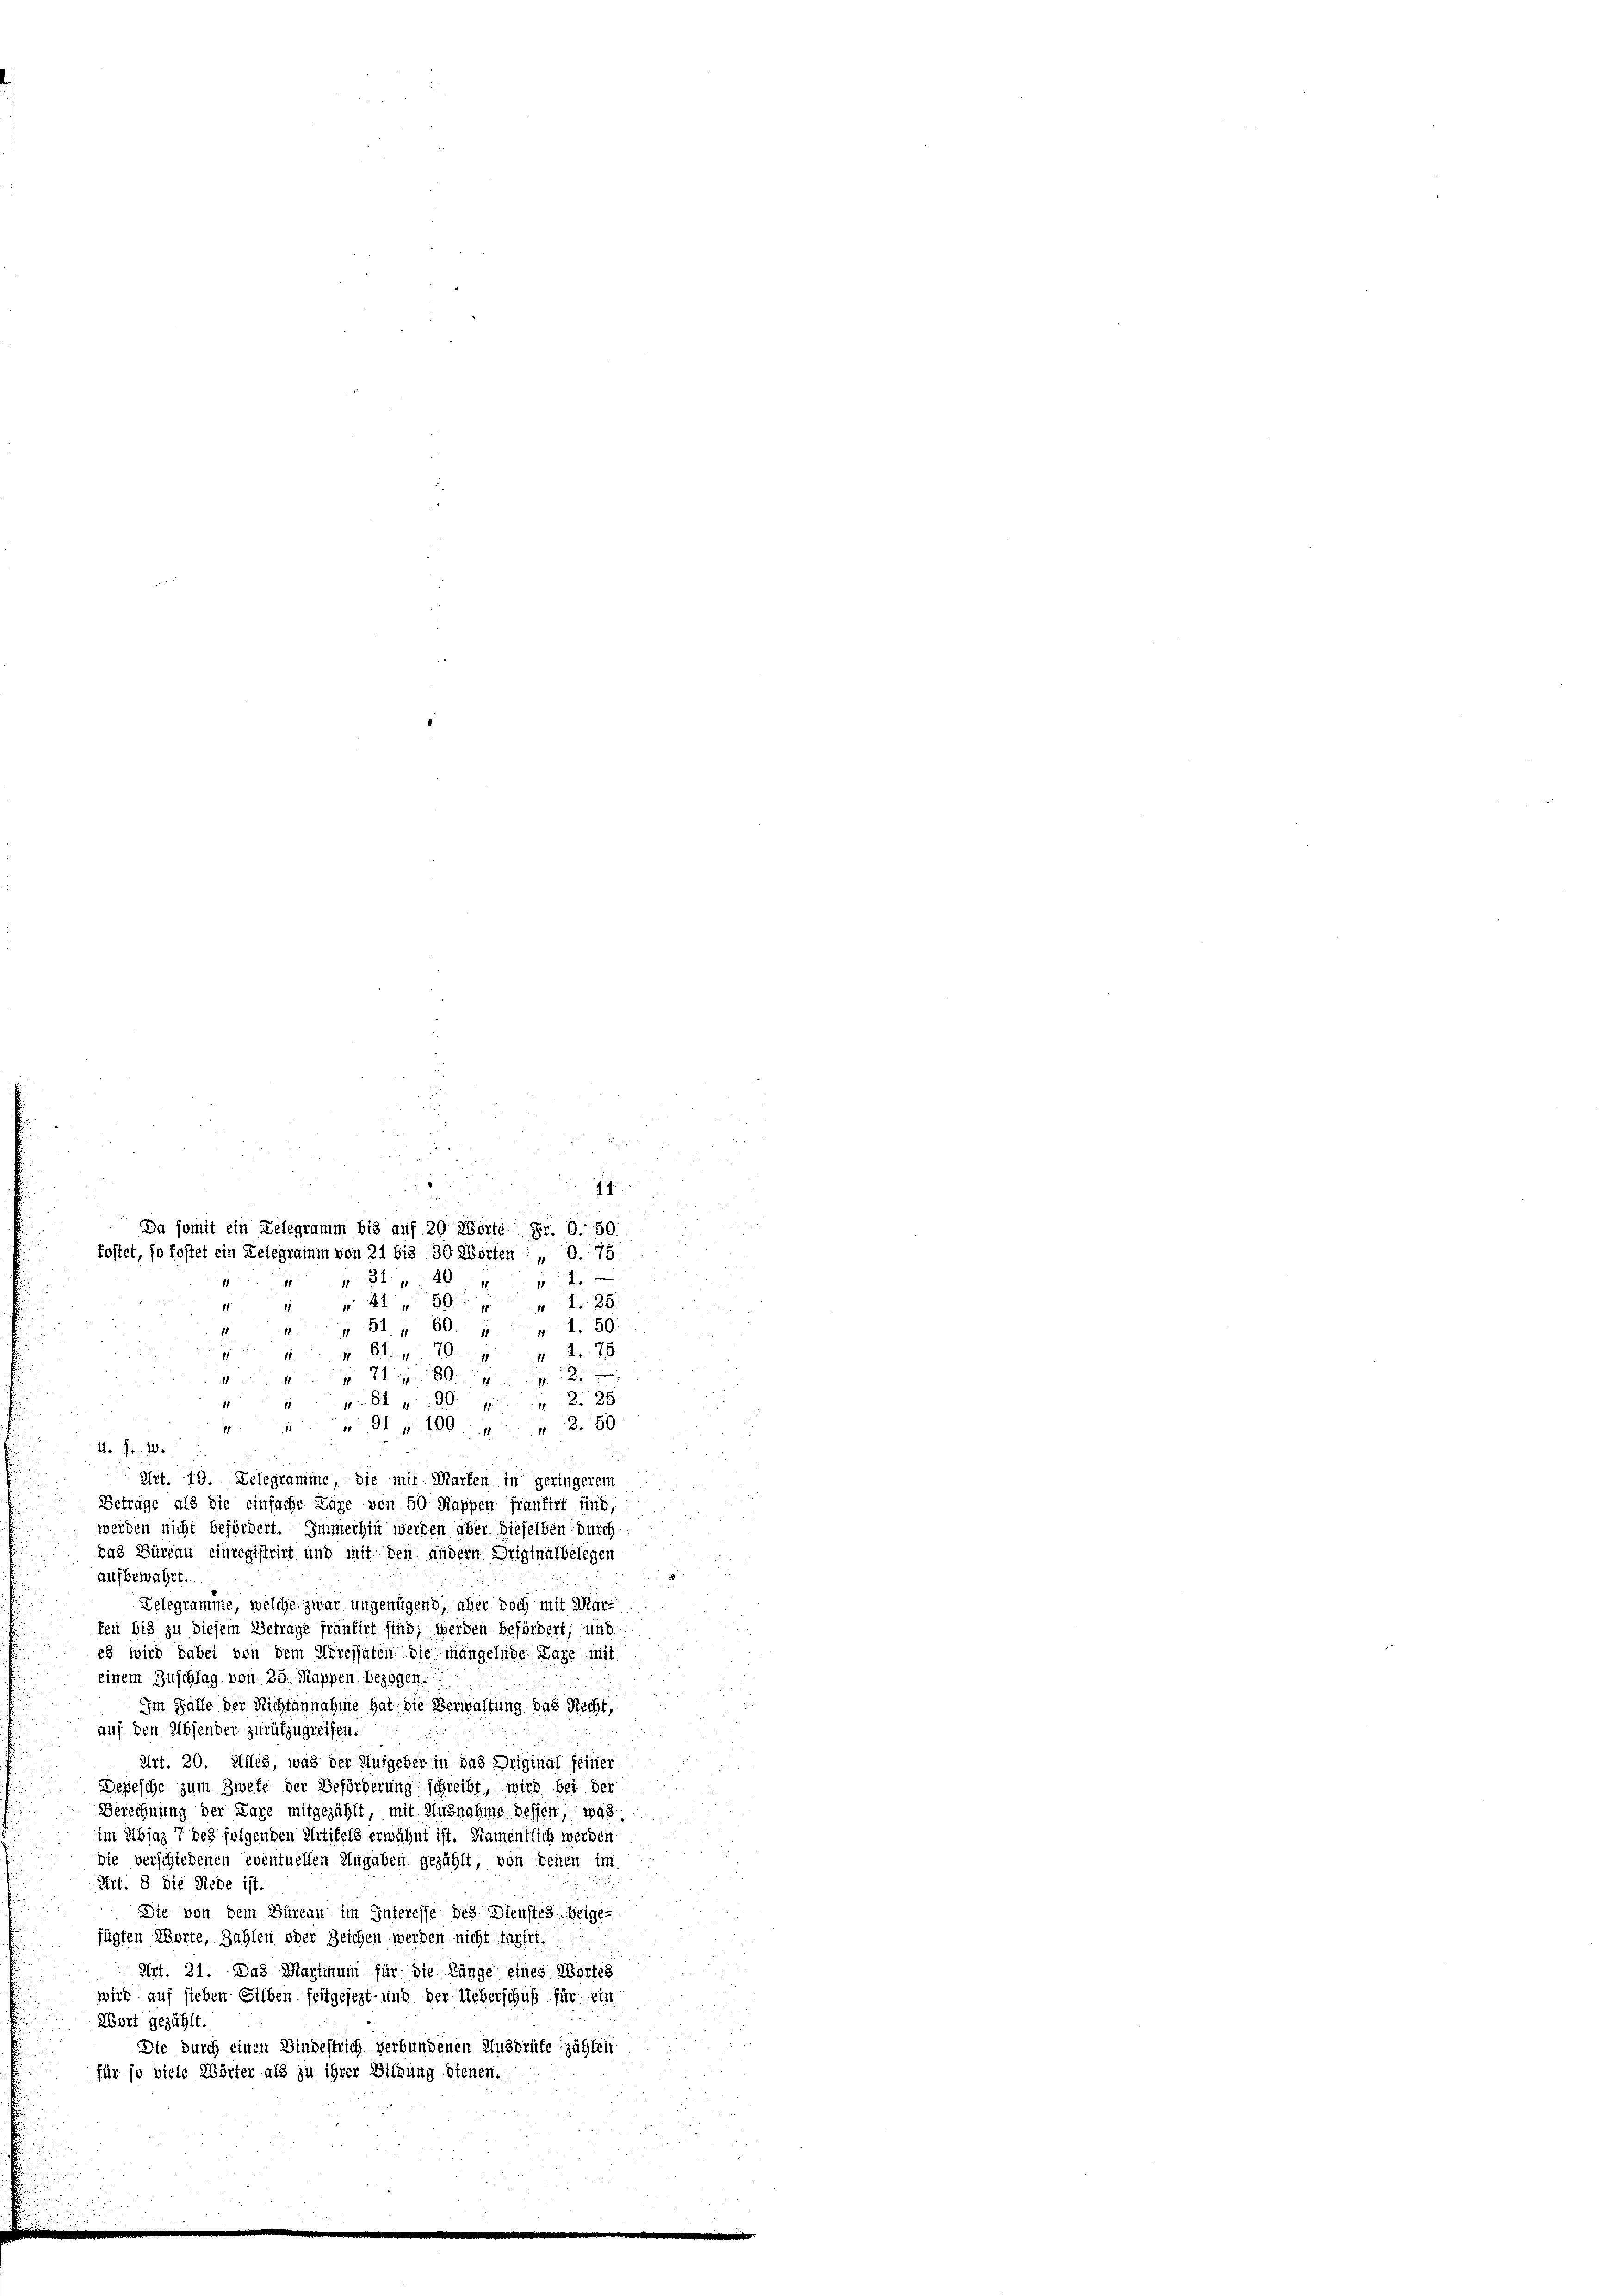
7
 2130 f 28
1
 81. 60. p p. 1. 50
1 S. 10 Fr. 78
11
2 848
8

N. 81 n 38. 1229
1
11
 91 f. 100 n 2. 50
1
4. Fr. 10.
.
Art. 19. Zelegramme die mit Marten in geringerem
Betrage als die einfache Lage von 50 Rappen früntirt sind,
werden nicht befördert. Immerhin werden aber dieselben durch
das Büreau einregistrirt und mit den andern Originalbelegen
aufbewahrt.
Zelegramme, welche zwar ungenügend, aber doch mit Marfen bis zu diesem Betrage frantirt sind; werden befördert, und
es wird dabei von dem Adressaten die mangelnde Pare mit
einem Zuschlag von 25. Rappen bezogen:
Im Falle der Nichtannahme hat die Verwaltung das Recht,
auf den Absender zurükzugreifen.
Art. 20. Alles, was der Aufgeber in das Driginal seiner
Depesche zum Zweke der Beförderung schreibt, wird bei der
Berechnung der Lage mitgezählt, mit Ausnahme dessen, was
im Ubjaz 7 des folgenden Artikels erwähnt ist. Namentlich werden
die verschiedenen eventuellen Angaben gezählt, von denen im
Art. 8 die Rede ist.
Die von dem Büreau im Interesse des Dienstes beigefügten Worte, Zahlen oder Zeichen werden nicht taxirt.
Art. 21. Das Maximum für die Länge eines Wortes
wird auf sieben Silben festgesezt und der Ueberschuß für ein
Wort gezählt.
Die durch einen Bindestrich verbundenen Ausdrüke zählen
für so viele Wörter als zu ihrer Bildung dienen.

Da somit ein Telegramm bis auf 20 Wörte Fr. O. 50
fostet, so fastet ein Delegramm von 21 bis 30 Worten : „O.75
 31. „40 " " 1

.